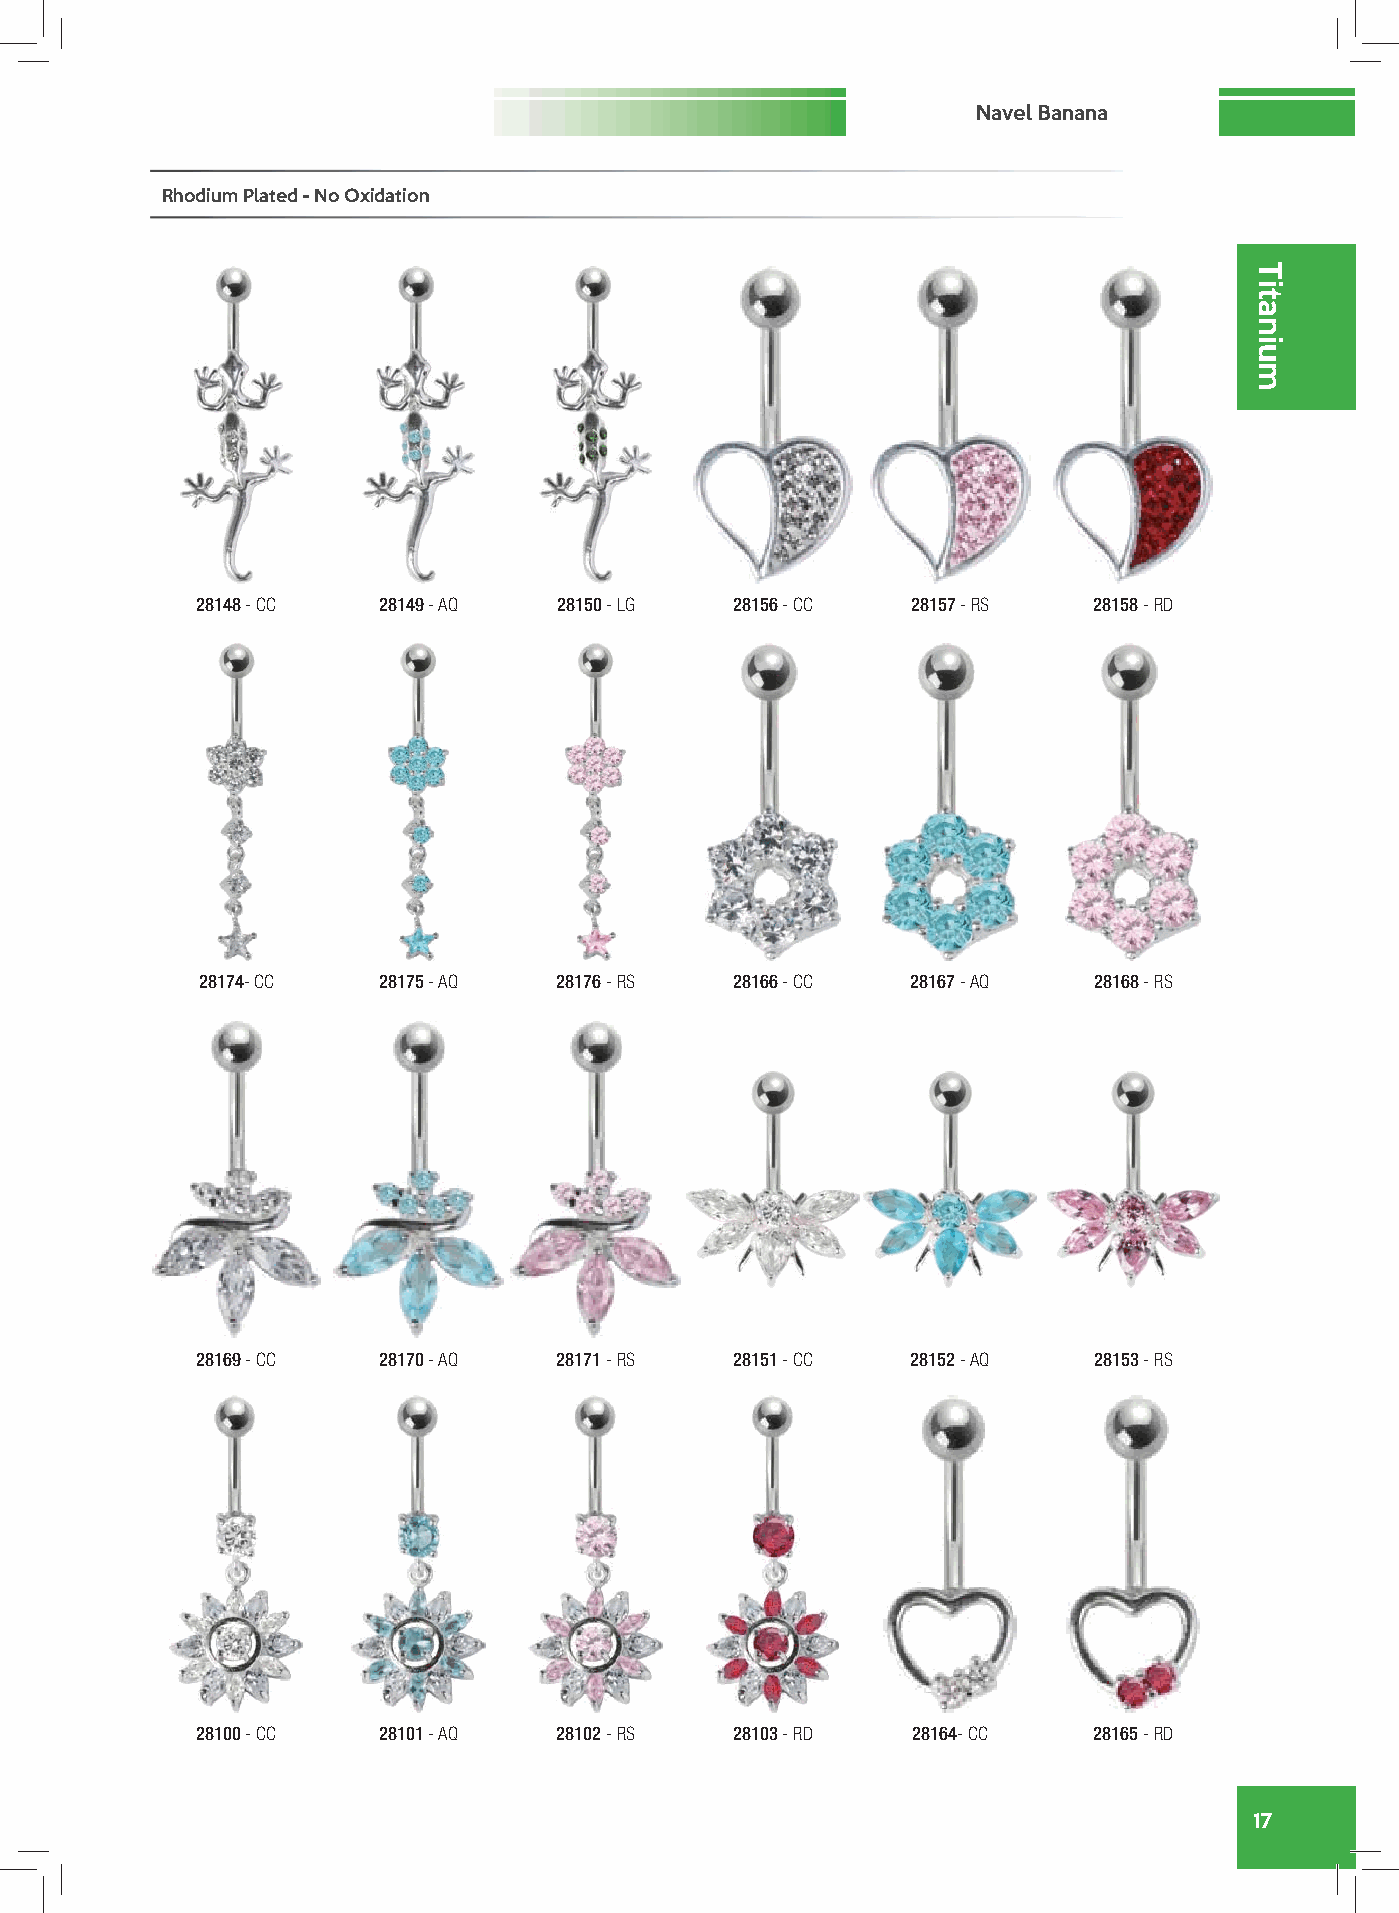
Navel Banana
 Rhodium Plated - No Oxidation
 28148 - CC  28149 - AQ  28150 - LG  28156 - CC 28157 - RS  28158 - RD
 28174- CC   28175 - AQ  28176 - RS  28166 - CC 28167 - AQ  28168 - RS
 28169 - CC  28170 - AQ  28171 - RS  28151 - CC 28152 - AQ  28153 - RS
 28100 - CC  28101 - AQ  28102 - RS  28103 - RD 28164- CC   28165 - RD
 17
 Titanium